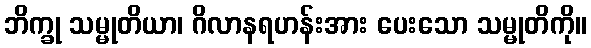
ဘိက္ခု သမ္မုတိယာ၊ ဂိလာနရဟန်းအား ပေးသော သမ္မုတိကို။